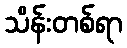
သိန်းတစ်ရာ